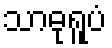
သာဓုရူပံ